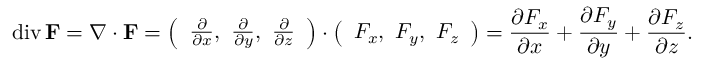
\operatorname { d i v } \mathbf { F } = \nabla \cdot \mathbf { F } = { \left( \begin{array} { l } { { \frac { \partial } { \partial x } } , \ { \frac { \partial } { \partial y } } , \ { \frac { \partial } { \partial z } } } \end{array} \right) } \cdot { \left( \begin{array} { l } { F _ { x } , \ F _ { y } , \ F _ { z } } \end{array} \right) } = { \frac { \partial F _ { x } } { \partial x } } + { \frac { \partial F _ { y } } { \partial y } } + { \frac { \partial F _ { z } } { \partial z } } .